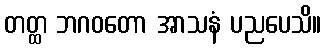
တတ္ထ ဘဂဝတော အာသနံ ပညပေသိ။